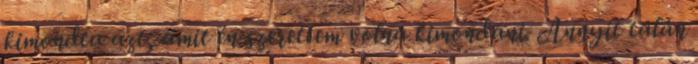
kimondta azt, amit én szerettem volna kimondani. Annyit talán